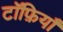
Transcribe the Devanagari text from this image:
टॉफ़ियाँ